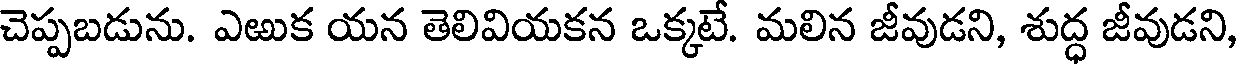
చెప్పబడును. ఎఱుక యన తెలివియకన ఒక్కటే. మలిన జీవుడని, శుద్ధ జీవుడని,